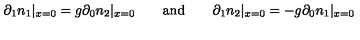
\partial _ { 1 } n _ { 1 } | _ { x = 0 } = g \partial _ { 0 } n _ { 2 } | _ { x = 0 } \qquad \mathrm { { a n d } } \qquad \partial _ { 1 } n _ { 2 } | _ { x = 0 } = - g \partial _ { 0 } n _ { 1 } | _ { x = 0 }